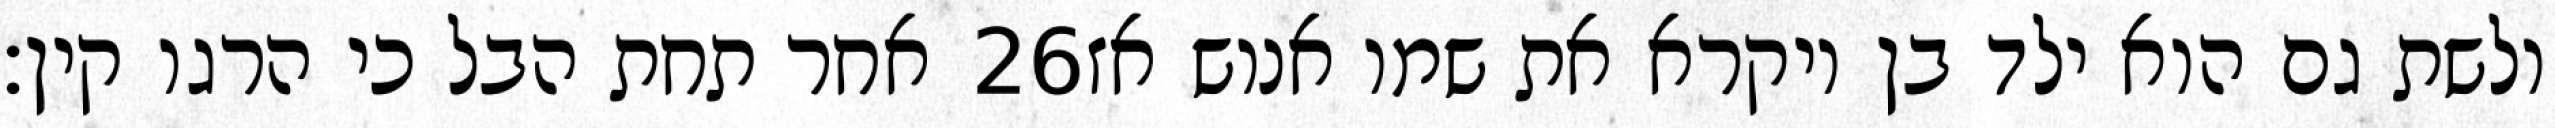
אחר תחת הבל כי הרגו קין׃ ‎26‏ ולשת גם הוא ילד בן ויקרא את שמו אנוש אז